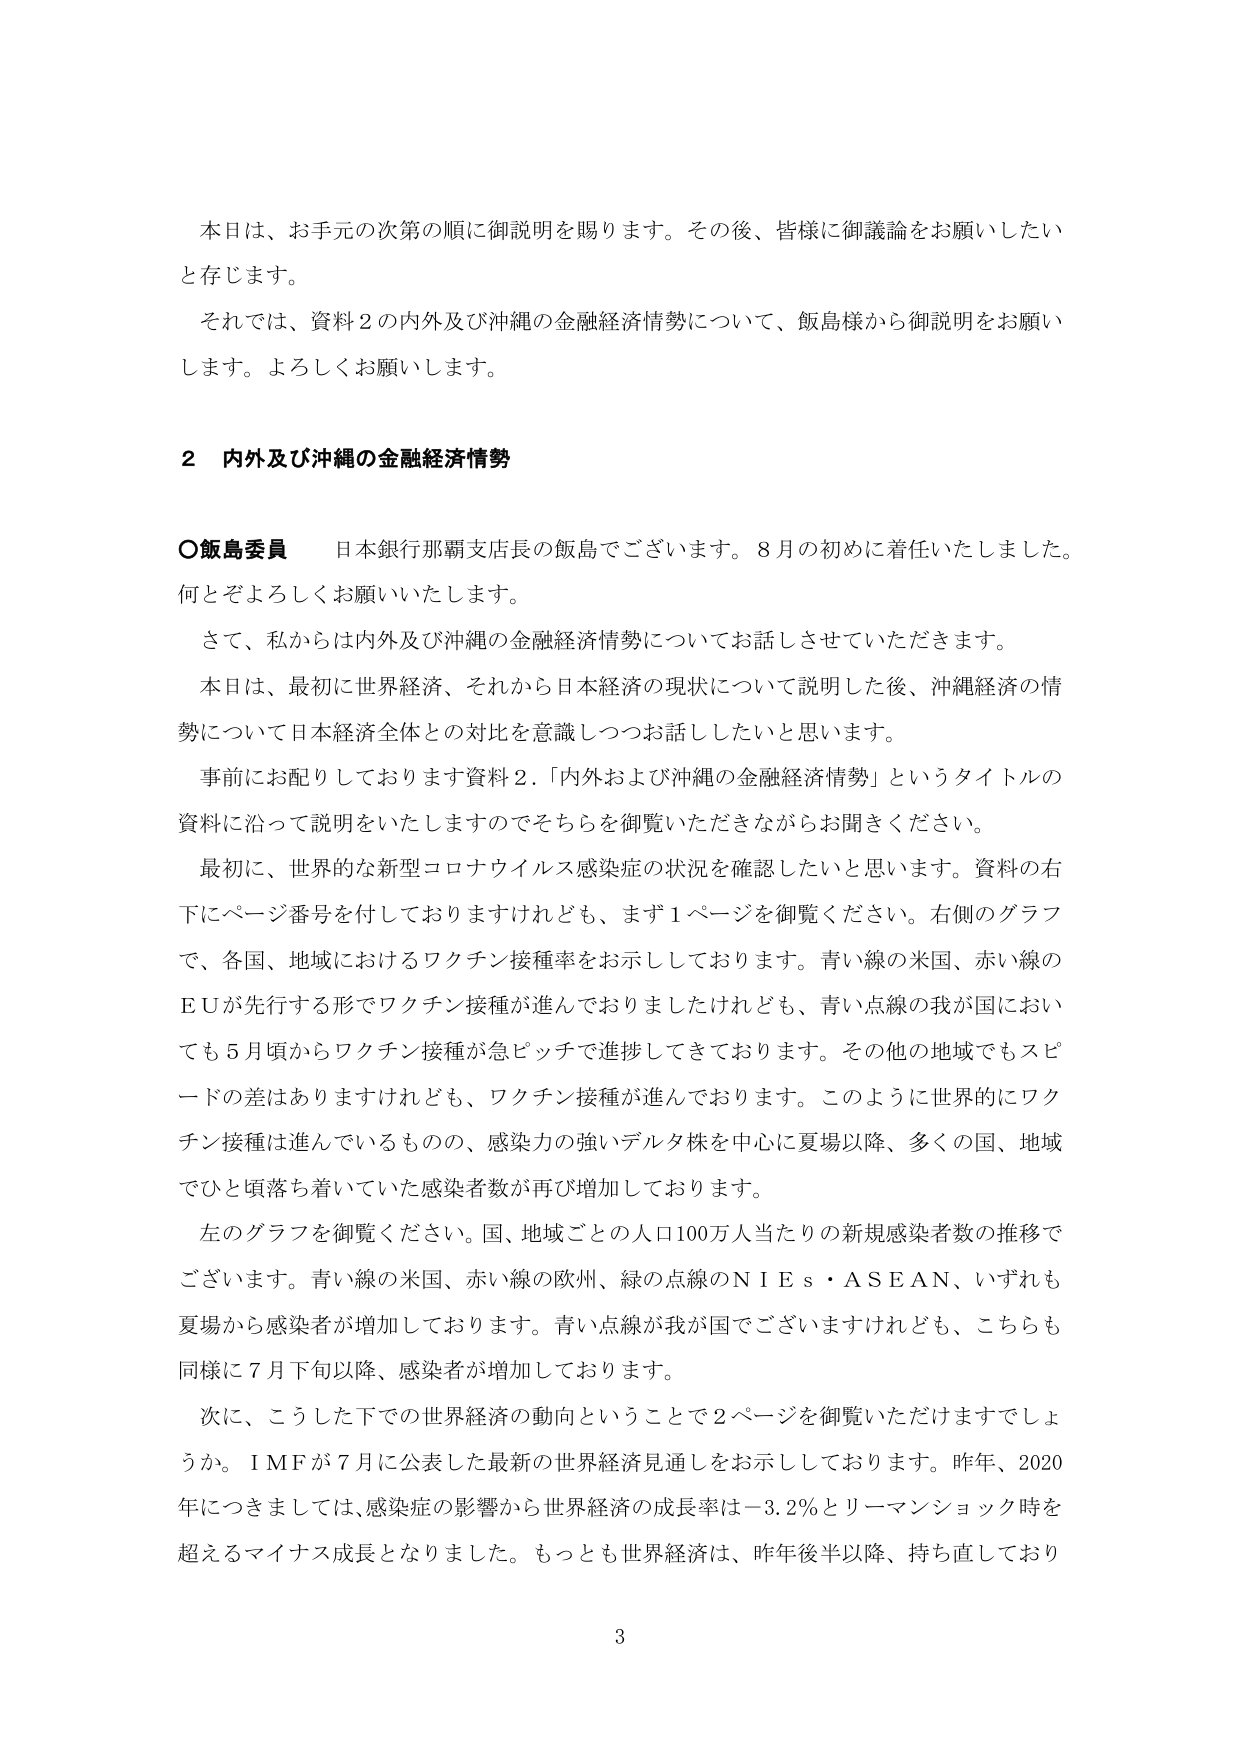
本日は、お手元の次第の順に御説明を賜ります。その後、皆様に御議論をお願いしたいと存じます。

それでは、資料２の内外及び沖縄の金融経済情勢について、飯島様から御説明をお願いします。よろしくお願いします。

２ 内外及び沖縄の金融経済情勢

○飯島委員 日本銀行那覇支店長の飯島でございます。８月の初めに着任いたしました。何とぞよろしくお願いいたします。

さて、私からは内外及び沖縄の金融経済情勢についてお話しさせていただきます。

本日は、最初に世界経済、それから日本経済の現状について説明した後、沖縄経済の情勢について日本経済全体との対比を意識しつつお話したいと思います。

事前にお配りしております資料２．「内外および沖縄の金融経済情勢」というタイトルの資料に沿って説明をいたしますのでちらを御覧いただきながらお聞きください。

最初に、世界的な新型コロナウイルス感染症の状況を確認したいと思います。資料の右下にページ番号を付しておりますけれども、まず１ページを御覧ください。右側のグラフで、各国、地域におけるワクチン接種率をお示ししております。青い線の米国、赤い線のＥＵが先行する形でワクチン接種が進んでおりましたけれども、青い点線の我が国においても５月頃からワクチン接種が急ピッチで進捗してきております。その他の地域でもスピードの差はありますけれども、ワクチン接種が進んでおります。このように世界的にワクチン接種は進んでいるものの、感染力の強いデルタ株を中心に夏場以降、多くの国、地域でひと頃落ち着いていた感染者数が再び増加しております。

左のグラフを御覧ください。国、地域ごとの人口100万人当たりの新規感染者数の推移でございます。青い線の米国、赤い線の欧州、緑の点線のＮＩＥｓ・ＡＳＥＡＮ、いずれも夏場から感染者が増加しております。青い点線が我が国でございますけれども、こちらも同様に７月下旬以降、感染者が増加しております。

次に、こうした下での世界経済の動向ということで２ページを御覧いただけますでしょうか。ＩＭＦが７月に公表した最新の世界経済見通しをお示ししております。昨年、2020年につきましては、感染症の影響から世界経済の成長率は－3.2％とリーマンショック時を超えるマイナス成長となりました。もっとも世界経済は、昨年後半以降、持ち直しており

3